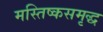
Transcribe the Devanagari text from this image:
मस्तिष्कसमृद्ध